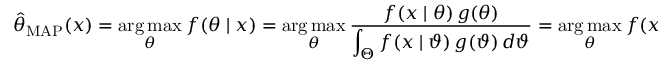
{ \hat { \theta } } _ { \mathrm { M A P } } ( x ) = { \underset { \theta } { \operatorname { a r g \, m a x } } } \ f ( \theta \mid x ) = { \underset { \theta } { \operatorname { a r g \, m a x } } } \ { \frac { f ( x \mid \theta ) \, g ( \theta ) } { \displaystyle \int _ { \Theta } f ( x \mid \vartheta ) \, g ( \vartheta ) \, d \vartheta } } = { \underset { \theta } { \operatorname { a r g \, m a x } } } \ f ( x \mid \theta ) \, g ( \theta ) .